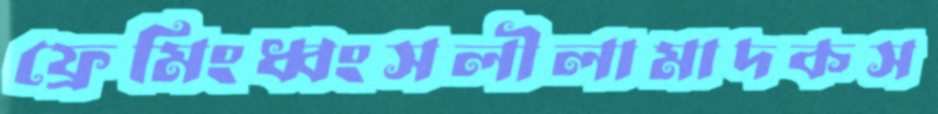
ফ্রেমিংধ্বংসলীলামাদকস